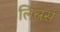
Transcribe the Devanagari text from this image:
लिस्नर्स